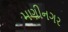
મણીનગર